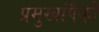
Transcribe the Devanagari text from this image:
प्रमुखांपैकी